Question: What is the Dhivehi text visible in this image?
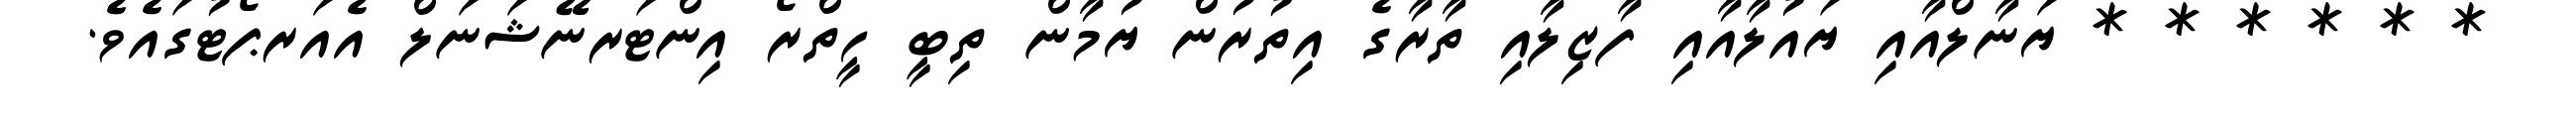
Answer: * * * * * * ޔަނާލްއާއި ޔައުލާއާއި ފާޒިލާއި ތާރާގެ އިތުރުން ޔުމާން ތިބީ ހީތްރޯ އިންޓަރނޭޝަނަލް އެއަރޕޯޓުގައެވެ.